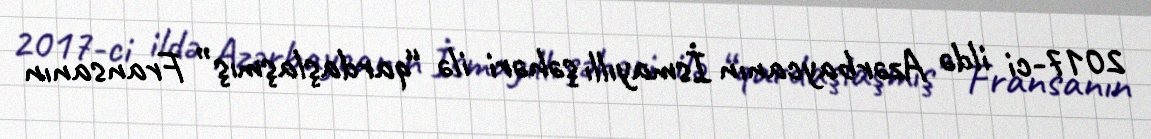
2017-ci ildə Azərbaycanın İsmayıllı şəhəri ilə “qardaşlaşmış” Fransanın